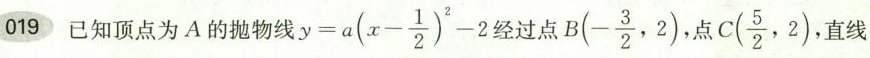
019 已知顶点为A的抛物线 $$y = a ( x - \frac { 1 } { 2 } ) ^ { 2 } - 2$$ 经过点 B(- \frac{3}{2},2)，点C(\frac{5}{2},2) 直线